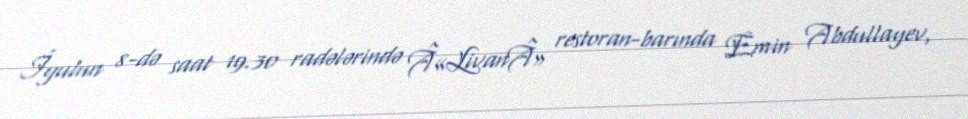
İyulun 8-də saat 19.30 radələrində Â«LivanÂ» restoran-barında Emin Abdullayev,